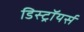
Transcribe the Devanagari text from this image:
डिस्ट्रॉयर्स